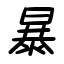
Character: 暴